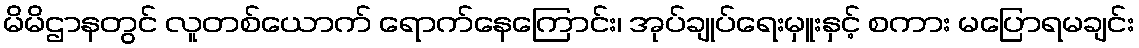
မိမိဌာနတွင် လူတစ်ယောက် ရောက်နေကြောင်း၊ အုပ်ချုပ်ရေးမှူးနှင့် စကား မပြောရမချင်း